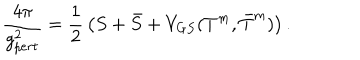
{ \frac { 4 \pi } { g _ { p e r t } ^ { 2 } } } = { \frac { 1 } { 2 } } \left( S + \bar { S } + V _ { G S } ( T ^ { m } , \bar { T } ^ { m } ) \right) .